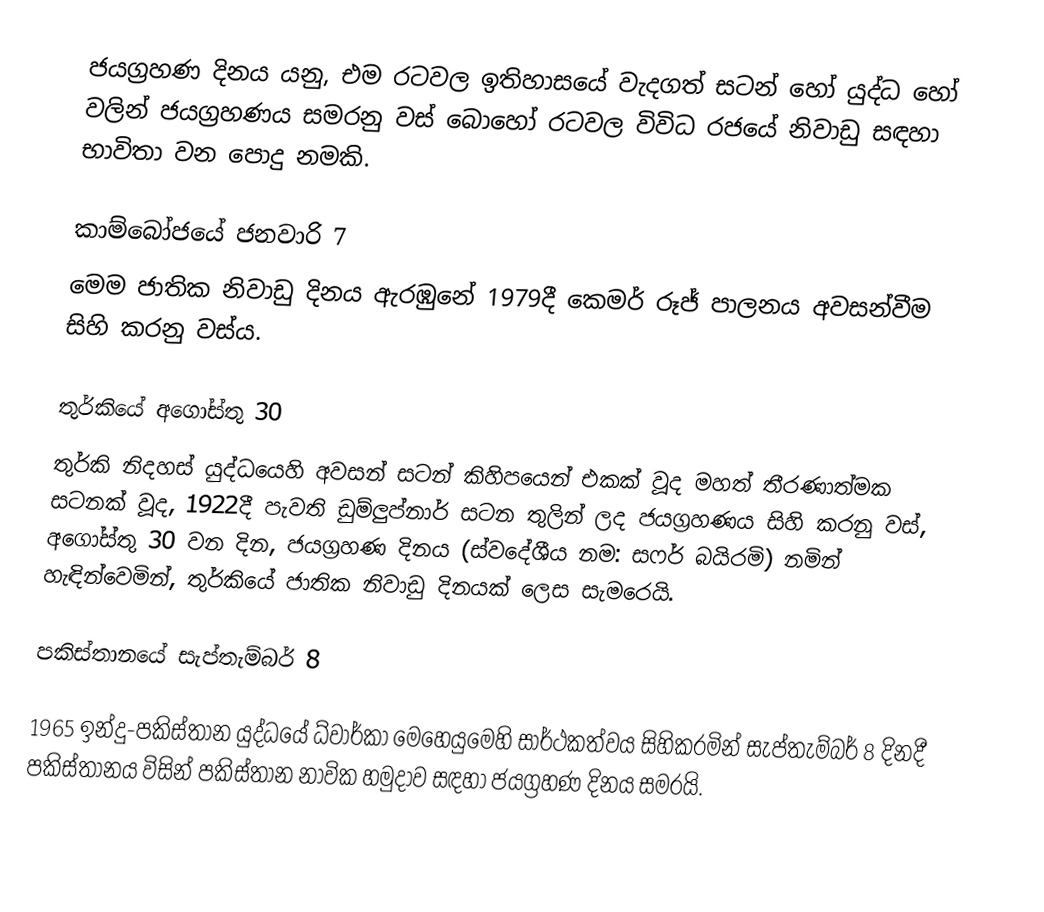
ජයග්‍රහණ දිනය යනු, එම රටවල ඉතිහාසයේ වැදගත් සටන් හෝ යුද්ධ හෝ  වලින් ජයග්‍රහණය සමරනු වස් බොහෝ රටවල විවිධ රජයේ නිවාඩු සඳහා භාවිතා වන පොදු නමකි.

කාම්බෝජයේ ජනවාරි 7
මෙම ජාතික නිවාඩු දිනය ඇරඹුනේ 1979දී  කෙමර් රූජ් පාලනය අවසන්වීම සිහි කරනු වස්ය.

තුර්කියේ අගෝස්තු 30
තුර්කි නිදහස් යුද්ධයෙහි අවසන් සටන් කිහිපයෙන් එකක් වූද මහත් තීරණාත්මක සටනක් වූද,  1922දී පැවති ඩුම්ලුප්නාර් සටන තුලින් ලද ජයග්‍රහණය සිහි කරනු වස්,  අගෝස්තු 30 වන දින, ජයග්‍රහණ දිනය (ස්වදේශීය නම: සෆර් බයිරමි) නමින් හැඳින්වෙමින්, තුර්කියේ ජාතික නිවාඩු දිනයක් ලෙස සැමරෙයි.

පකිස්තානයේ සැප්තැම්බර් 8

1965 ඉන්දු-පකිස්තාන යුද්ධයේ ධ්වාර්කා මෙහෙයුමෙහි සාර්ථකත්වය සිහිකරමින් සැප්තැම්බර් 8 දිනදී පකිස්තානය විසින් පකිස්තාන නාවික හමුදාව සඳහා ජයග්‍රහණ දිනය සමරයි.